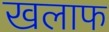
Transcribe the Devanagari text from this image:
खलाफ